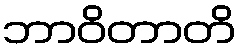
ဘာဝိတာတိ